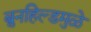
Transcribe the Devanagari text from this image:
ब्रुनहिल्डमुळे